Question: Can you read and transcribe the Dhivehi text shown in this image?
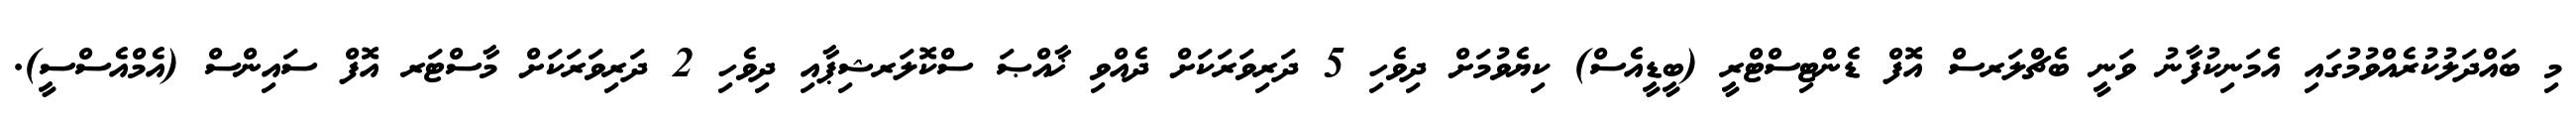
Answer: މި ބައްދަލުކުރެއްވުމުގައި އެމަނިކުފާނު ވަނީ ބެޗްލަރސް އޮފް ޑެންޓިސްޓްރީ (ބީޑީއެސް) ކިޔެވުމަށް ދިވެހި 5 ދަރިވަރަކަށް ދެއްވި ޚާއްޞަ ސްކޮލަރޝިޕާއި ދިވެހި 2 ދަރިވަރަކަށް މާސްޓަރ އޮފް ސައިންސް (އެމްއެސްސީ).